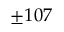
\pm 1 0 7